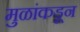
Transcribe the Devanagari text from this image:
मुळांकडून